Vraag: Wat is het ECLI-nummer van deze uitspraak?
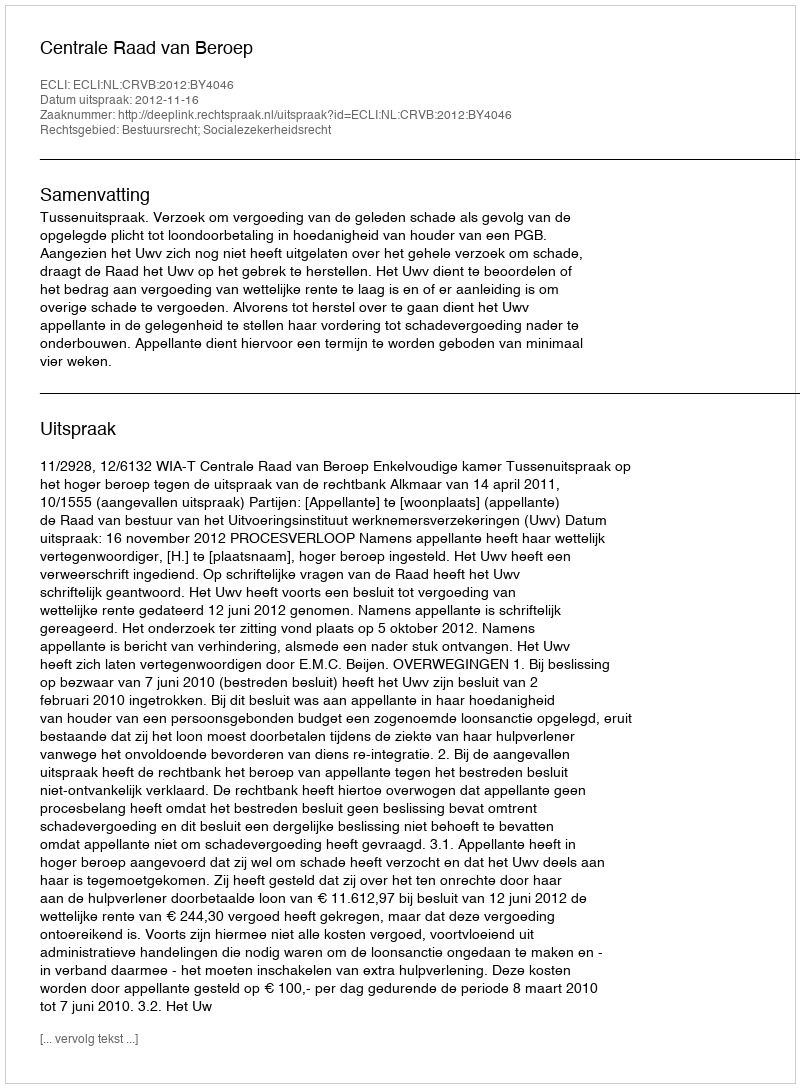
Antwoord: ECLI:NL:CRVB:2012:BY4046